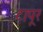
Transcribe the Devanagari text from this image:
टापूर